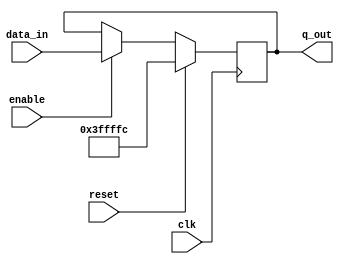
module pc(input clk, input reset, input [31:0] data_in, output reg [31:0] q_out, input enable);

always@(posedge clk)
	if (reset == 1'b1) begin
		q_out <= 32'h003ffffc;
	end else begin
		if (enable == 1'b1) begin
			q_out <= data_in;
		end else begin
			q_out <= q_out;
		end
	end

endmodule